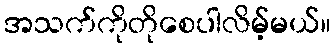
အသက်ကိုတိုစေပါလိမ့်မယ်။